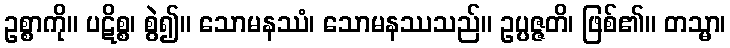
ဥစ္စာကို။ ပဋိစ္စ၊ စွဲ၍။ သောမနဿံ၊ သောမနဿသည်။ ဥပ္ပဇ္ဇတိ၊ ဖြစ်၏။ တသ္မာ၊